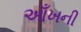
આઁખની